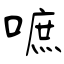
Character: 嗻